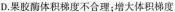
D.果胶酶体积梯度不合理；增大体积梯度